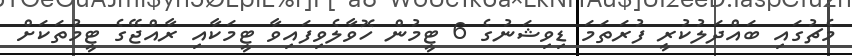
މެޗުގައި ބައްދަލުކުރީ ފުރަތަމަ ޑިވިޝަނުގެ 6 ޓީމުން ހޮވާލެވިފައިވާ ޓީމަކާއި ރާއްޖޭގެ ޓީމުތަކަށް